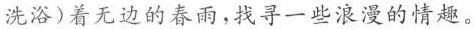
洗浴)着无边的春雨，找寻一些浪漫的情趣。